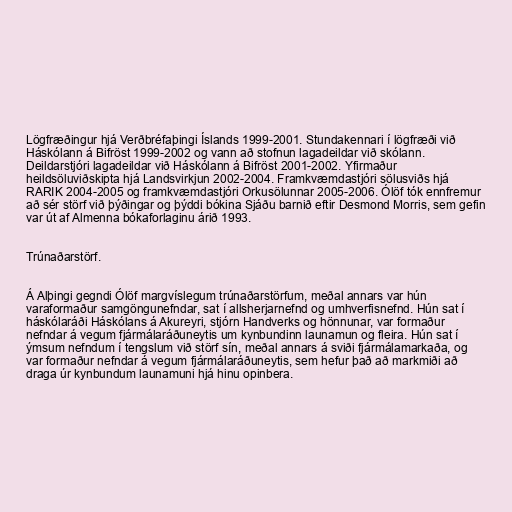
Lögfræðingur hjá Verðbréfaþingi Íslands 1999-2001. Stundakennari í lögfræði við
Háskólann á Bifröst 1999-2002 og vann að stofnun lagadeildar við skólann.
Deildarstjóri lagadeildar við Háskólann á Bifröst 2001-2002. Yfirmaður
heildsöluviðskipta hjá Landsvirkjun 2002-2004. Framkvæmdastjóri sölusviðs hjá
RARIK 2004-2005 og framkvæmdastjóri Orkusölunnar 2005-2006. Ólöf tók ennfremur
að sér störf við þýðingar og þýddi bókina Sjáðu barnið eftir Desmond Morris, sem gefin
var út af Almenna bókaforlaginu árið 1993.

Trúnaðarstörf.

Á Alþingi gegndi Ólöf margvíslegum trúnaðarstörfum, meðal annars var hún
varaformaður samgöngunefndar, sat í allsherjarnefnd og umhverfisnefnd. Hún sat í
háskólaráði Háskólans á Akureyri, stjórn Handverks og hönnunar, var formaður
nefndar á vegum fjármálaráðuneytis um kynbundinn launamun og fleira. Hún sat í
ýmsum nefndum í tengslum við störf sín, meðal annars á sviði fjármálamarkaða, og
var formaður nefndar á vegum fjármálaráðuneytis, sem hefur það að markmiði að
draga úr kynbundum launamuni hjá hinu opinbera.